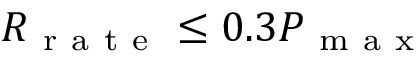
R _ { \mathrm { ~ r ~ a ~ t ~ e ~ } } \leq 0 . 3 P _ { \mathrm { ~ m ~ a ~ x ~ } }